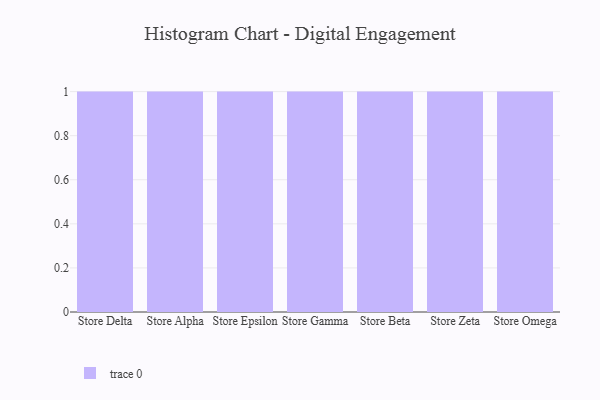
{"axis": {"x": "Store", "y": "Operating Costs (USD K)"}, "legend": [""], "data": [{"x": "Store Delta", "y": 35, "type": ""}, {"x": "Store Alpha", "y": 73, "type": ""}, {"x": "Store Epsilon", "y": 29, "type": ""}, {"x": "Store Gamma", "y": 18, "type": ""}, {"x": "Store Beta", "y": 71, "type": ""}, {"x": "Store Zeta", "y": 8, "type": ""}, {"x": "Store Omega", "y": 7, "type": ""}]}